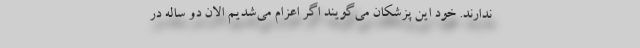
ندارند. خود این پزشکان می‌گویند اگر اعزام می‌شدیم الان دو ساله در